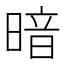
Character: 暗